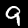
Label: 9